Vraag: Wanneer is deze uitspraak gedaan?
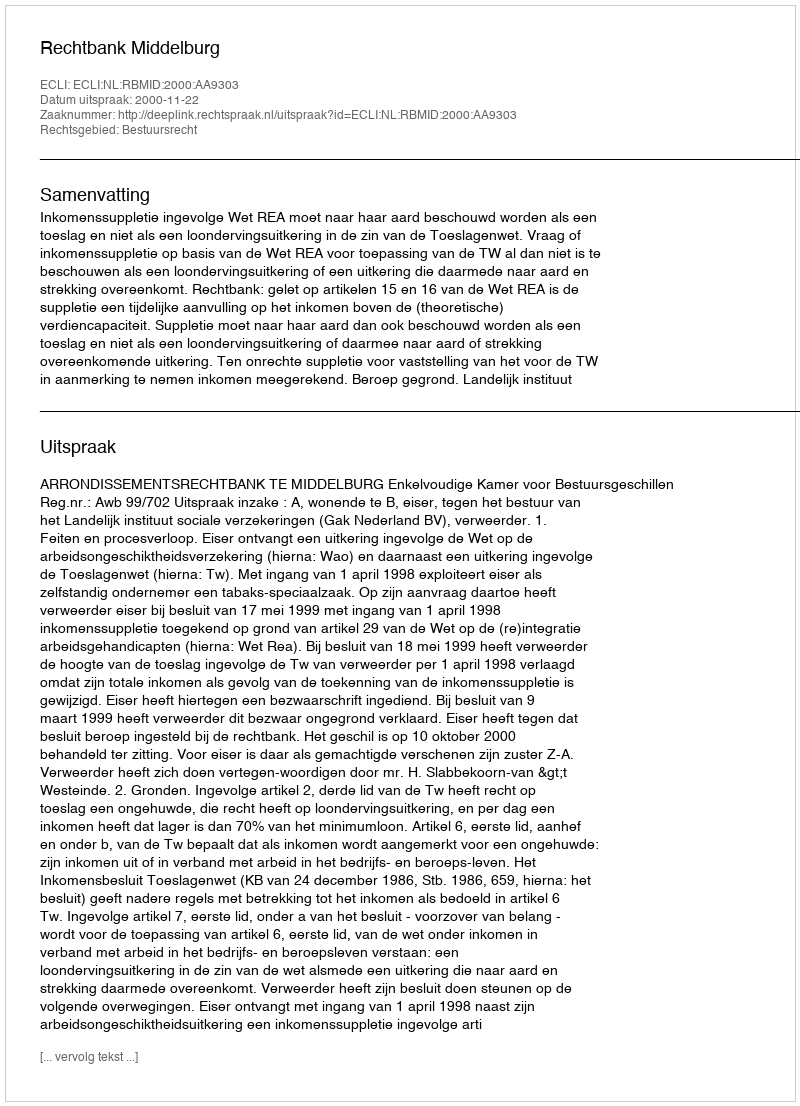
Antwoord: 2000-11-22